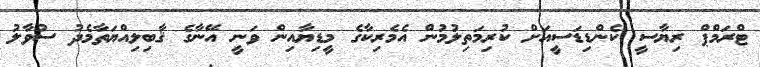
ޓްރަމްޕް ރިޔާސީ ކެންޑިޑަސީއަށް ކުރިމަތިލުމުން އެމެރިކާގެ މީޑިޔާއިން ވަނީ އޭނާގެ ޤާބިލިއްޔަތާމެދު ސުވާލު